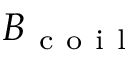
B _ { \mathrm { ~ c ~ o ~ i ~ l ~ } }